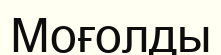
Моғолды